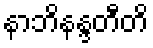
နာဘိနန္ဒတီတိ